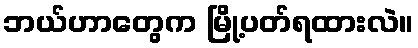
ဘယ်ဟာတွေက မြို့ပတ်ရထားလဲ။